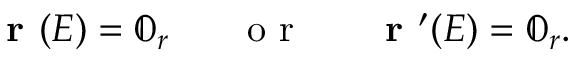
\textbf { r } ( E ) = \mathbb { 0 } _ { r } ~ ~ ~ ~ ~ \mathrm { ~ o ~ r ~ } ~ ~ ~ ~ ~ \textbf { r } ^ { \prime } ( E ) = \mathbb { 0 } _ { r } .